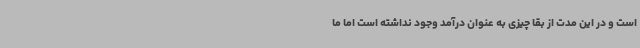
است و در این مدت از بقا چیزی به عنوان درآمد وجود نداشته است اما ما